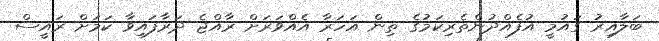
ބަލާއިރު ގައުމީ އުފެއްދުންތެރިކަމުގެ ތިން އަހަރާ އެއްވަރަށް ރާއްޖެ ދަރާފައިވާ ކަމަށް ރައީސް